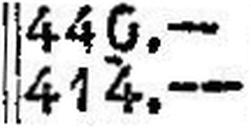
414.—